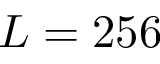
L = 2 5 6